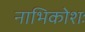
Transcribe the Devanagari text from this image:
नाभिकोशः